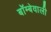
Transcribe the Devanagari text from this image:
बॉम्बेवाली